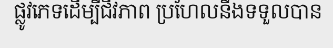
ផ្លូវភេទដើម្បីជីវភាព ប្រហែលនឹងទទួលបាន